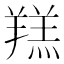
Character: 𦎴